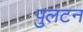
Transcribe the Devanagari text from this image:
पुलटन